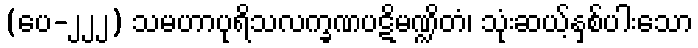
(ပေ-၂၂၂) သမဟာပုရိသလက္ခဏပဋိမဏ္ဍိတံ၊ သုံးဆယ့်နှစ်ပါးသော